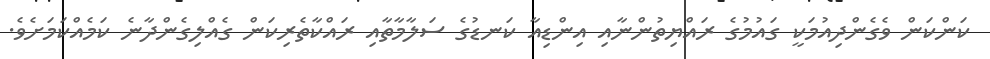
ކަންކަން ވެގެންދިއުމަކީ ގައުމުގެ ރައްޔިތުންނާއި އިންޑިއާ ކަނޑުގެ ސަލާމާތާއި ރައްކާތެރިކަން ގެއްލިގެންދާނެ ކަމެއްކަމަށެވެ.